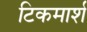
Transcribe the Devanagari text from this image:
टिकमार्श